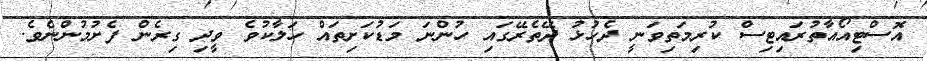
އޮސްޓިއޯއާތުރައިޓިސް ކުރިމަތިވަނީ ދެހުޅު ދޭތެރޭގައި ހުންނަ މަޑުކަށިތައް ހަލާކުވެ ވީދި ގިރެން ފެށުމުންނެވެ.